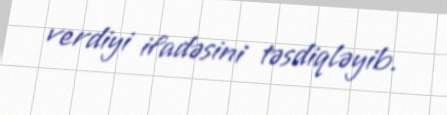
verdiyi ifadəsini təsdiqləyib.